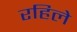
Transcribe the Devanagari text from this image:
रहिले